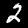
Digit: 2